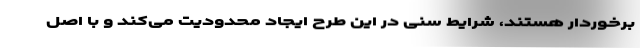
برخوردار هستند، شرایط سنی در این طرح ایجاد محدودیت می‌کند و با اصل